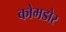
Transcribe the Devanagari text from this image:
कोमडोर